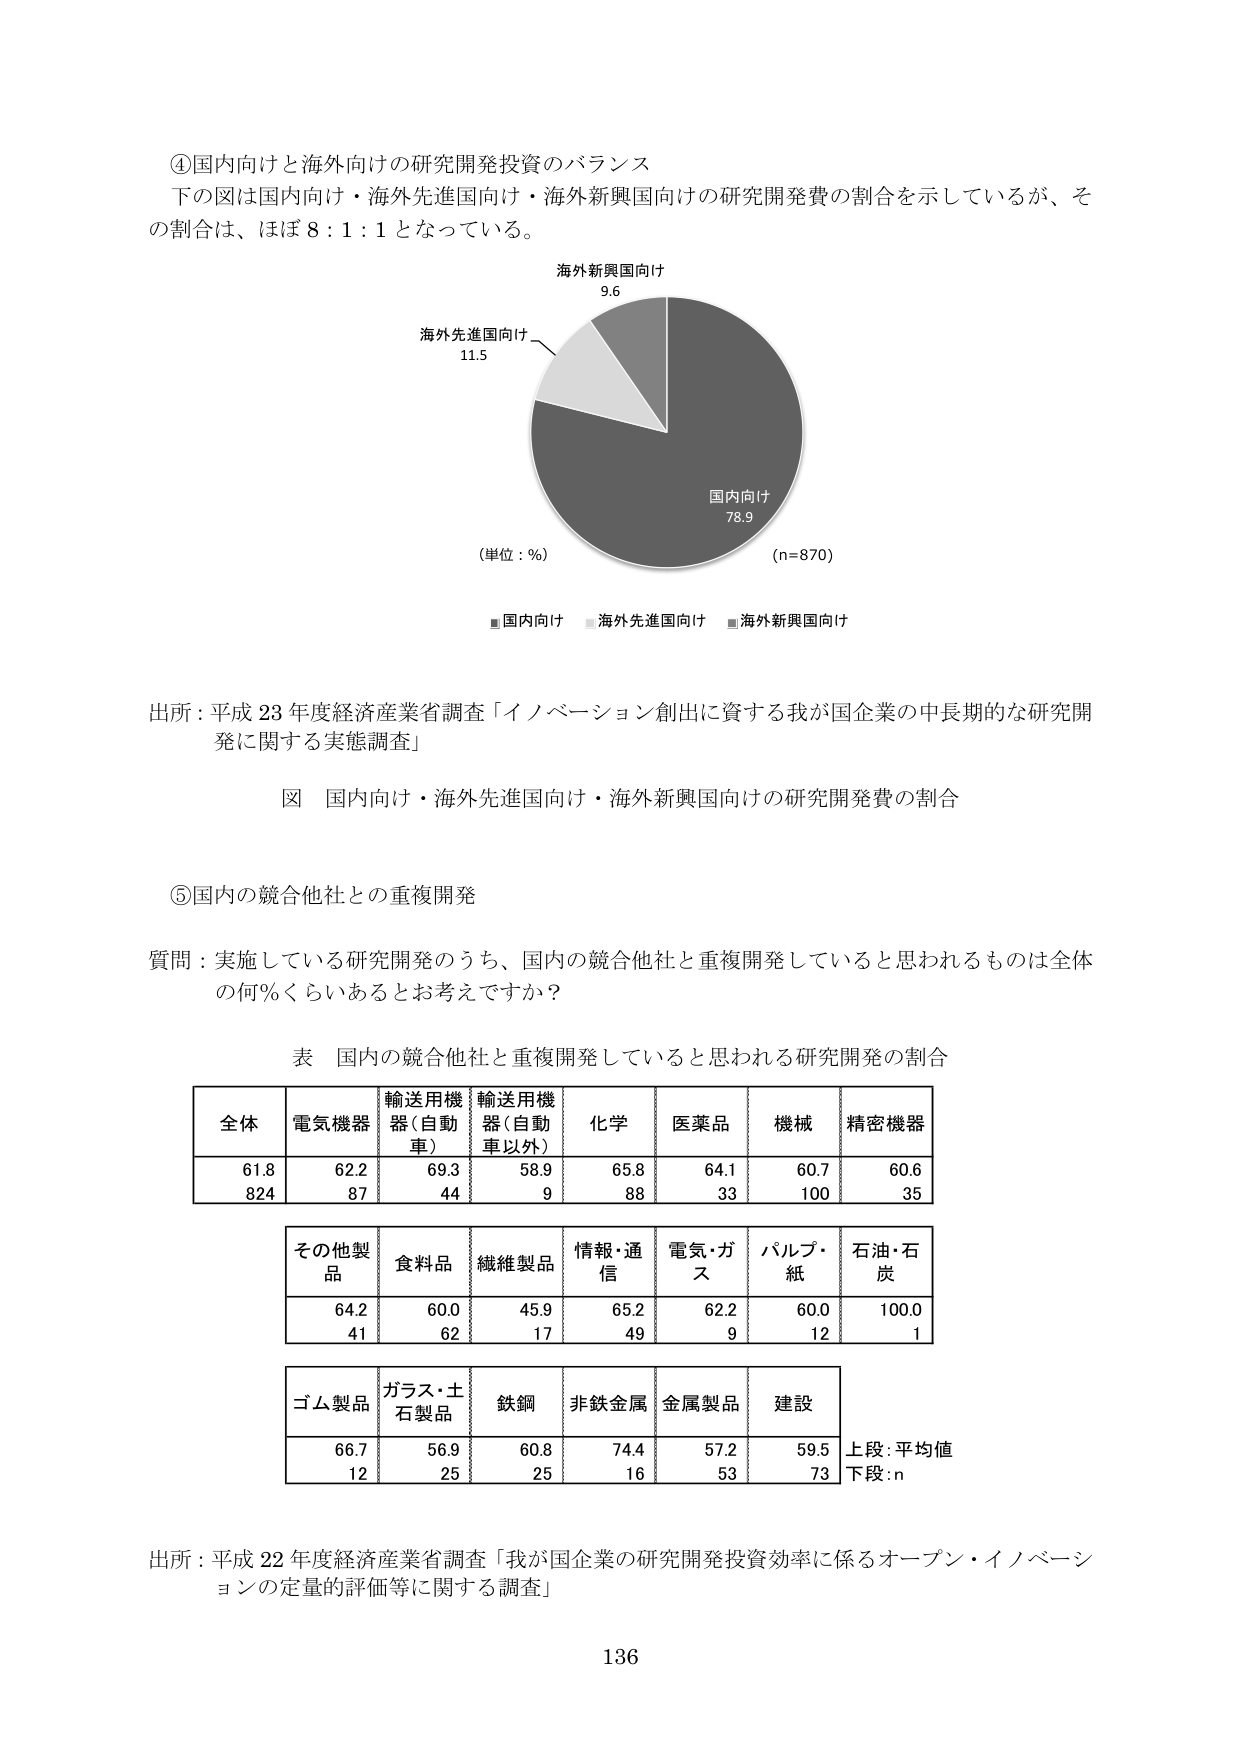
④国内向けと海外向けの研究開発投資のバランス
下の図は国内向け・海外先進国向け・海外新興国向けの研究開発費の割合を示しているが、その割合は、ほぼ8：1：1となっている。

海外新興国向け
9.6

海外先進国向け
11.5

国内向け
78.9

（単位：%）
（n=870）

■国内向け　■海外先進国向け　■海外新興国向け

出所：平成23年度経済産業省調査「イノベーション創出に資する我が国企業の中長期的な研究開発に関する実態調査」

図 国内向け・海外先進国向け・海外新興国向けの研究開発費の割合

⑤国内の競合他社との重複開発

質問：実施している研究開発のうち、国内の競合他社と重複開発していると思われるものは全体の何％くらいあると考えですか？

表 国内の競合他社と重複開発していると思われる研究開発の割合

| 全体 | 電気機器 | 輸送用機器（自動車） | 輸送用機器（自動車以外） | 化学 | 医薬品 | 機械 | 精密機器 |
|------|----------|----------------------|--------------------------|------|--------|------|----------|
| 61.8 | 62.2     | 69.3                 | 58.9                     | 65.8 | 64.1   | 60.7 | 60.6     |
| 824  | 87       | 44                   | 9                        | 88   | 33     | 100  | 35       |

| その他製品 | 食料品 | 繊維製品 | 情報・通信 | 電気・ガス | パルプ・紙 | 石油・石炭 |
|------------|--------|----------|------------|------------|------------|------------|
| 64.2       | 60.0   | 45.9     | 65.2       | 62.2       | 60.0       | 100.0      |
| 41         | 62     | 17       | 49         | 9          | 12         | 1          |

| ゴム製品 | ガラス・土石製品 | 鉄鋼 | 非鉄金属 | 金属製品 | 建設 |
|----------|------------------|------|----------|----------|------|
| 66.7     | 56.9             | 60.8 | 74.4     | 57.2     | 59.5 |
| 12       | 25               | 25   | 16       | 53       | 73   |

上段：平均値
下段：n

出所：平成22年度経済産業省調査「我が国企業の研究開発投資効率に係るオープン・イノベーションの定量的評価等に関する調査」

136